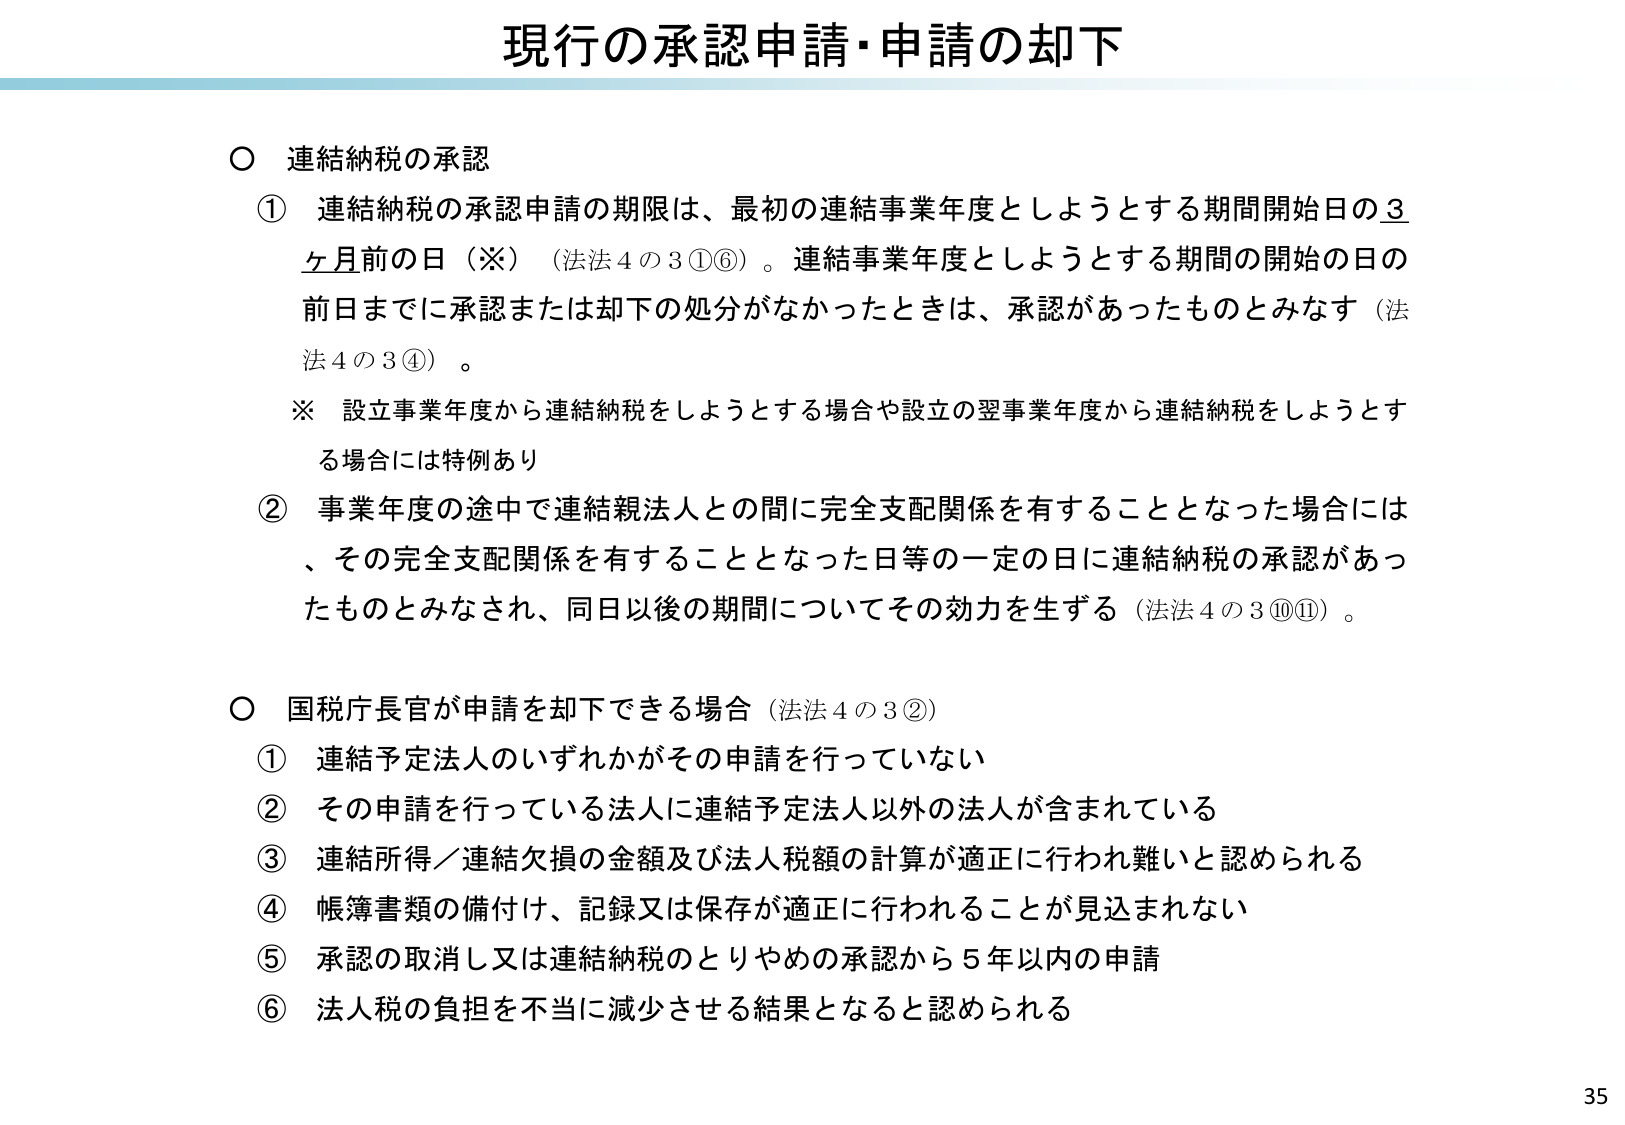
現行の承認申請・申請の却下

○ 連結納税の承認
① 連結納税の承認申請の期限は、最初の連結事業年度としようとする期間開始日の3ヶ月前の日（※）（法4の3①⑥）。連結事業年度としようとする期間の開始の日の前日までに承認または却下の処分がなかったときは、承認があったものとみなす（法4の3④）。
※ 設立事業年度から連結納税をしようとする場合や設立の翌事業年度から連結納税をしようとする場合には特例あり
② 事業年度の途中で連結親法人との間に完全支配関係を有することとなった場合には、その完全支配関係を有することとなった日等の一定の日に連結納税の承認があったものとみなされ、同日以後の期間についてその効力を生ずる（法4の3⑩⑪）。

○ 国税庁長官が申請を却下できる場合（法4の3②）
① 連結予定法人のいずれかがその申請を行っていない
② その申請を行っている法人に連結予定法人以外の法人が含まれている
③ 連結所得／連結欠損の金額及び法人税額の計算が適正に行われ難いと認められる
④ 帳簿書類の備付け、記録又は保存が適正に行われることが見込まれない
⑤ 承認の取消し又は連結納税のとりやめの承認から5年以内の申請
⑥ 法人税の負担を不当に減少させる結果となると認められる

35